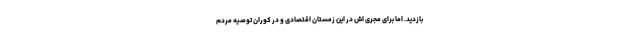
بازدید. اما برای مجری اش در این زمستان اقتصادی و در کوران توصیهٔ مردم